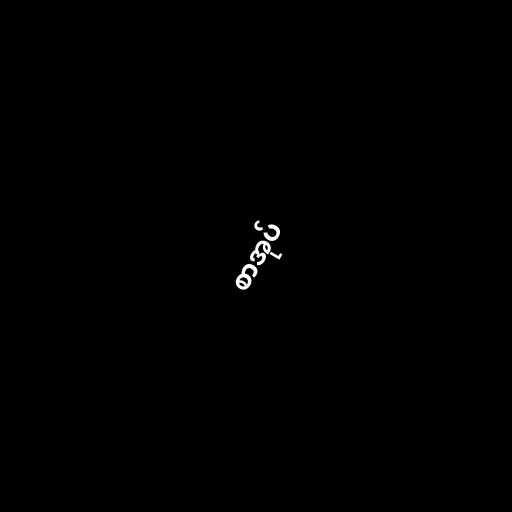
စာအုပ်